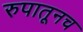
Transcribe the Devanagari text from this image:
रुपातूनच